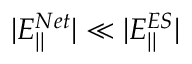
| E _ { | | } ^ { N e t } | \ll | E _ { | | } ^ { E S } |